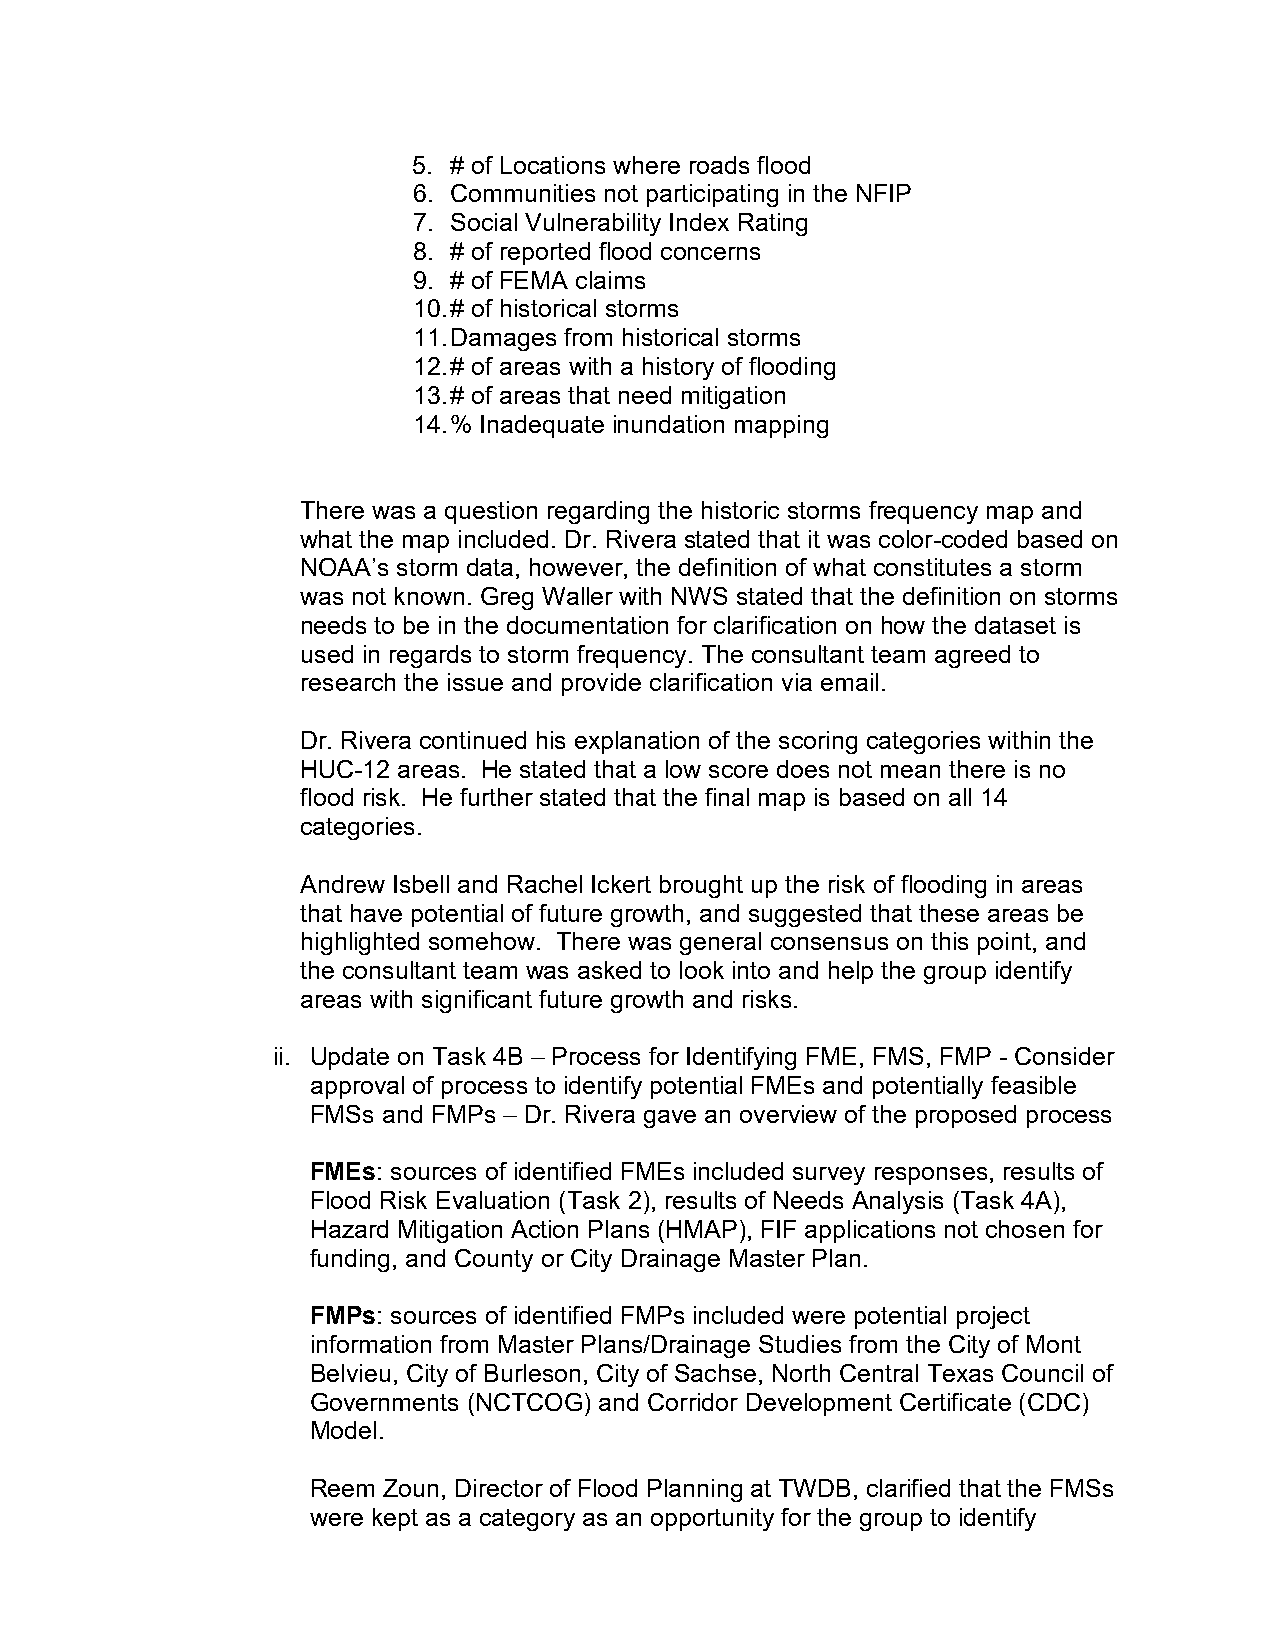
5. # of Locations where roads flood
 6. Communities not participating in the NFIP
 7. Social Vulnerability Index Rating
 8. # of reported flood concerns
 9. # of FEMA claims
 10. # of historical storms
 11. Damages from historical storms
 12. # of areas with a history of flooding
 13. # of areas that need mitigation
 14. % Inadequate inundation mapping
 There was a question regarding the historic storms frequency map and
 what the map included. Dr. Rivera stated that it was color-coded based on
 NOAA’s storm data, however, the definition of what constitutes a storm
 was not known. Greg Waller with NWS stated that the definition on storms
 needs to be in the documentation for clarification on how the dataset is
 used in regards to storm frequency. The consultant team agreed to
 research the issue and provide clarification via email.
 Dr. Rivera continued his explanation of the scoring categories within the
 HUC-12 areas. He stated that a low score does not mean there is no
 flood risk. He further stated that the final map is based on all 14
 categories.
 Andrew Isbell and Rachel Ickert brought up the risk of flooding in areas
 that have potential of future growth, and suggested that these areas be
 highlighted somehow. There was general consensus on this point, and
 the consultant team was asked to look into and help the group identify
 areas with significant future growth and risks.
 ii. Update on Task 4B – Process for Identifying FME, FMS, FMP - Consider
 approval of process to identify potential FMEs and potentially feasible
 FMSs and FMPs – Dr. Rivera gave an overview of the proposed process
 FMEs: sources of identified FMEs included survey responses, results of
 Flood Risk Evaluation (Task 2), results of Needs Analysis (Task 4A),
 Hazard Mitigation Action Plans (HMAP), FIF applications not chosen for
 funding, and County or City Drainage Master Plan.
 FMPs: sources of identified FMPs included were potential project
 information from Master Plans/Drainage Studies from the City of Mont
 Belvieu, City of Burleson, City of Sachse, North Central Texas Council of
 Governments (NCTCOG) and Corridor Development Certificate (CDC)
 Model.
 Reem Zoun, Director of Flood Planning at TWDB, clarified that the FMSs
 were kept as a category as an opportunity for the group to identify